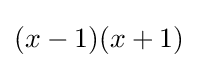
(x-1)(x+1)